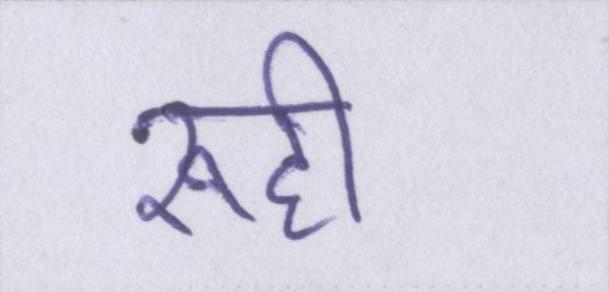
रूही